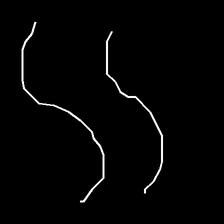
Glyph: float